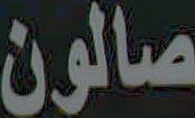
صالون